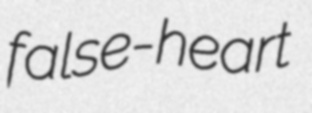
false-heart